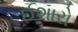
ઈશારો